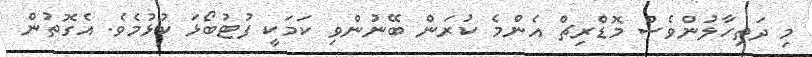
މި ދަތިހާލުންވެސް މޮޑްރިޗް އެންމެ ކުރަން ބޭނުންވި ކަމަކީ ފުޓުބޯޅަ ކުޅުމެވެ. އެގޮތުން